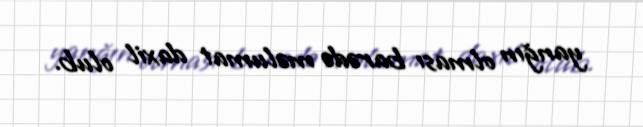
yanğın olması barədə məlumat daxil olub.